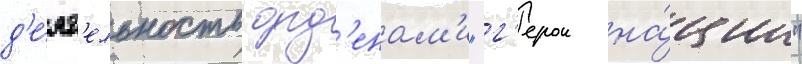
д'е́ят'ельность орд'енам'и "г'ерои на́ции"